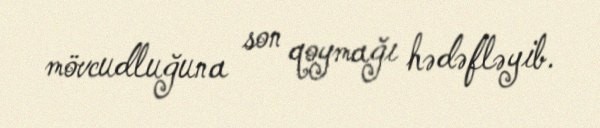
mövcudluğuna son qoymağı hədəfləyib.